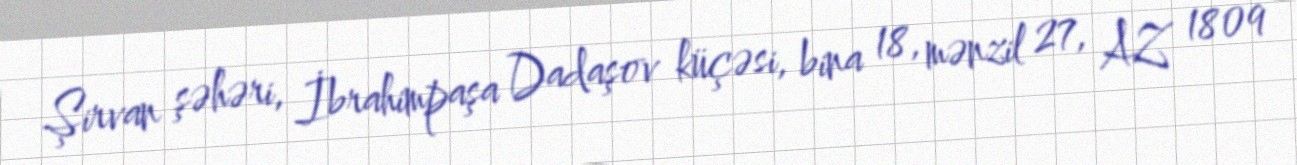
Şirvan şəhəri, İbrahimpaşa Dadaşov küçəsi, bina 18, mənzil 27, AZ 1809